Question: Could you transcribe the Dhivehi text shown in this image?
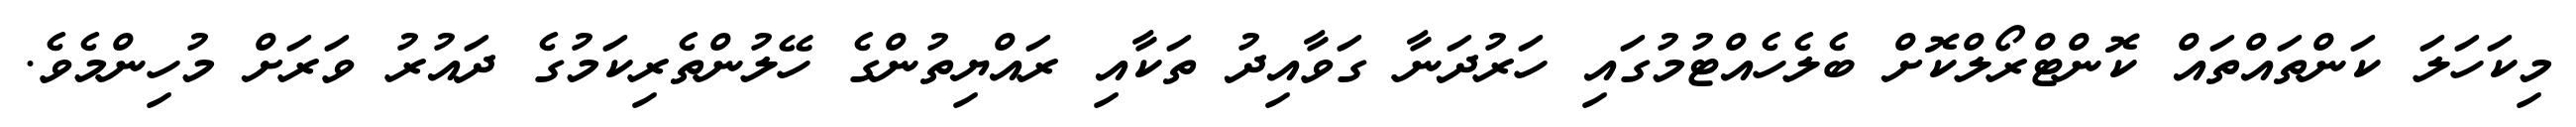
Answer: މިކަހަލަ ކަންތައްތައް ކޮންޓްރޯލްކޮށް ބެލެހެއްޓުމުގައި ހަރުދަނާ ގަވާއިދު ތަކާއި ރައްޔިތުންގެ ހޭލުންތެރިކަމުގެ ދައުރު ވަރަށް މުހިންމެވެ.